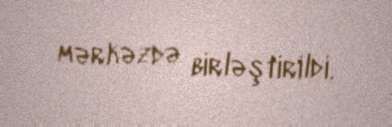
mərkəzdə birləştirildi.